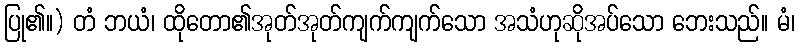
ပြု၏။) တံ ဘယံ၊ ထိုတော၏အုတ်အုတ်ကျက်ကျက်သော အသံဟုဆိုအပ်သော ဘေးသည်။ မံ၊